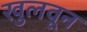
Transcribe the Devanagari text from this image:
खुलवून